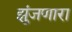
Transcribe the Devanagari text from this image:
झुंजणारा